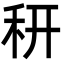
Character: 䄯